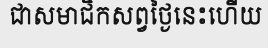
ជាសមាជិកសព្វថ្ងៃនេះហើយ